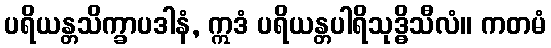
ပရိယန္တသိက္ခာပဒါနံ, ဣဒံ ပရိယန္တပါရိသုဒ္ဓိသီလံ။ ကတမံ